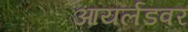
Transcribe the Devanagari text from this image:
आयर्लंडवर